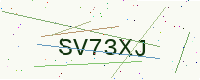
Text: SV73XJ